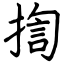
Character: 揈